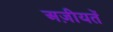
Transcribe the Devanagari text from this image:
अज़ीयतें